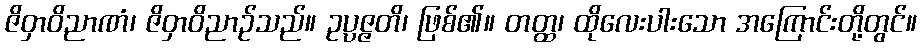
ဇိဝှာဝိညာဏံ၊ ဇိဝှာဝိညာဉ်သည်။ ဥပ္ပဇ္ဇတိ၊ ဖြစ်၏။ တတ္ထ၊ ထိုလေးပါးသော အကြောင်းတို့တွင်။